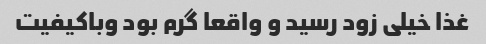
غذا خیلی زود رسید و واقعا گرم بود وباکیفیت